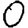
Digit: 0